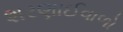
શરણાઈવાળો